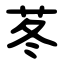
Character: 苳